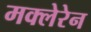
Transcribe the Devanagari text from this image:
मक्लेरेन